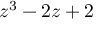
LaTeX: z ^ { 3 } - 2 z + 2